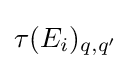
\tau (E_{i})_{q,q'}